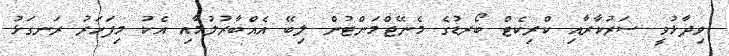
ވިދާޅުވީ ސަރުކާރާއި ކްރިކެޓް ބޯރޑުގެ މެނޭޖްމަންޓުން ލިބޭ އެއްބާރުލުމާއި އެކު މިފަހަރު ރަނގަޅު